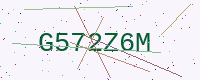
Text: G572Z6M